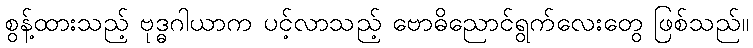
စွန့်ထားသည့် ဗုဒ္ဓဂါယာက ပင့်လာသည့် ဗောဓိညောင်ရွက်လေးတွေ ဖြစ်သည်။